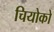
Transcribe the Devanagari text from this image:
चियोको